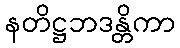
နတိဋ္ဌဘဒန္တိကာ